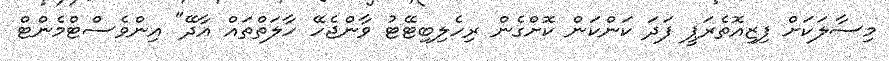
މިސާލަކަށް ފިޒިއޮތެރަޕީ ފަދަ ކަންކަން ކޮށްގެން ރިހެލިބިޓޭޓު ވާންޖެހޭ ހާލަތްތައް އާދޭ" އިންވެސްޓްމެންޓް